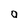
Character: a